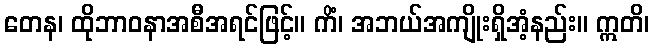
တေန၊ ထိုဘာဝနာအစီအရင်ဖြင့်။ ကိံ၊ အဘယ်အကျိုးရှိအံ့နည်း။ ဣတိ၊